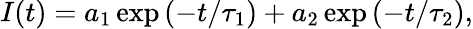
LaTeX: I(t)=a_{1}\exp\left(-t/\tau_{1}\right)+a_{2}\exp\left(-t/\tau_{2}\right),